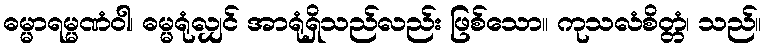
ဓမ္မာရမ္မဏံဝါ၊ ဓမ္မရုံလျှင် အာရုံရှိသည်လည်း ဖြစ်သော။ ကုသလံစိတ္တံ၊ သည်။